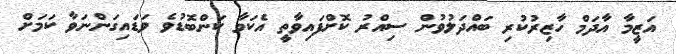
އަޒީމާ އާދަމް ހާޒިރުކުރި ބައްދަލުވުން ސިއްރު ކޮށްފައިވާތީ އެކަމާ ކަންބޮޑުވެ ވަޑައިގަންނަވާ ކަމަށް